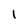
Character: I